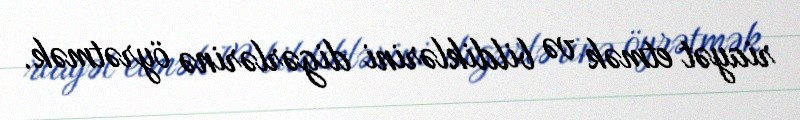
riayət etmək və bildiklərini digərlərinə öyrətmək.